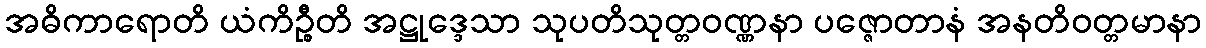
အဓိကာရောတိ ယံကိဉ္စီတိ အဋ္ဌုဒ္ဒေသာ သုပတိသုတ္တဝဏ္ဏနာ ပဇ္ဇောတာနံ အနတိဝတ္တမာနာ